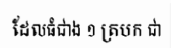
ដែលធំជាង ១ ត្របក ជា